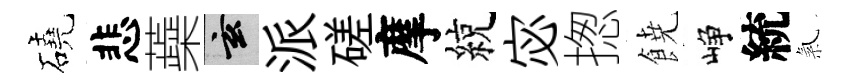
磽悲蘃玄派磋摩綂宓揔𩜙峥統氣